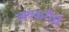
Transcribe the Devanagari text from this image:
लष्करीचे